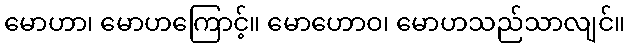
မောဟာ၊ မောဟကြောင့်။ မောဟောဝ၊ မောဟသည်သာလျင်။